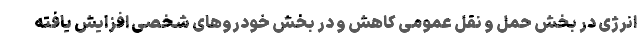
انرژی در بخش حمل و نقل عمومی کاهش و در بخش خودروهای شخصی افزایش یافته